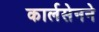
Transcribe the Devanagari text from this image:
कार्लसेनने